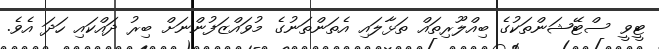
ޓީވީ ސްޓޭޝަންތަކުގެ ބިއްލޫރިތައް ތަޅާލައި އެތަންތަނުގެ މުވައްޒަފުންނަށް ބިރު ދައްކައި ހަދަ އެވެ.